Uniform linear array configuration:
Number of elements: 32
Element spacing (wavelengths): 0.25
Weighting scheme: exponential
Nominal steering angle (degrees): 15
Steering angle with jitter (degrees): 16.882
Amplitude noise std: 0.05
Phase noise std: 0.05

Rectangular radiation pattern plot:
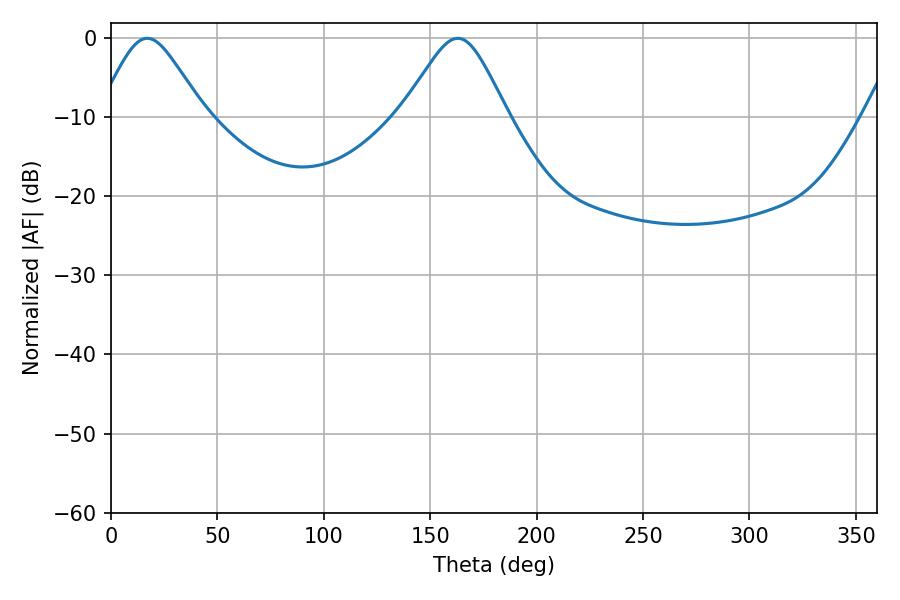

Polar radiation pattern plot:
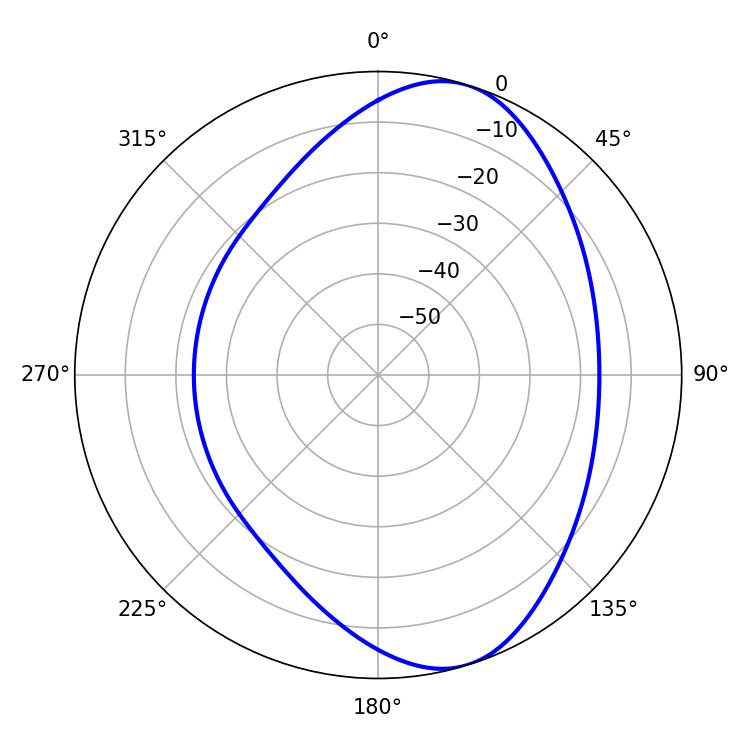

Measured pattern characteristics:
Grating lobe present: FALSE
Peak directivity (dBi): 7.766
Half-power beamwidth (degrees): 24.3
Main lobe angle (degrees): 17.1